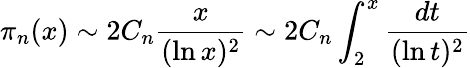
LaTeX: \pi_{n}(x)\sim 2C_{n}{\frac{x}{(\ln x)^{2}}}\sim 2C_{n}\int_{2}^{x}{\frac{dt}{(\ln t)^{2}}}